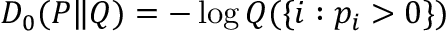
D _ { 0 } ( P \| Q ) = - \log Q ( \{ i : p _ { i } > 0 \} )